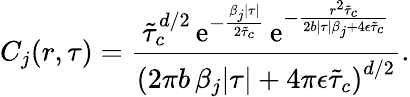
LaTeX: C_{j}(r,\tau)=\frac{\tilde{\tau}_{c}^{d/2}\, \mathrm{e}^{-\frac{\beta_{j}\lvert\tau\rvert}{2\tilde{\tau}_{c}}}\, \mathrm{e}^{-\frac{r^{2}\tilde{\tau}_{c}}{2b\lvert\tau\rvert\beta_{j}+4\epsilon\tilde{\tau}_{c}}}}{\left(2\pi b\, \beta_{j}\lvert\tau\rvert+4\pi\epsilon\tilde{\tau}_{c}\right)^{d/2}}.